Civil Veterinary Dept. Bombay admin report 1907-1913 - 1907-1913
Year: 1907
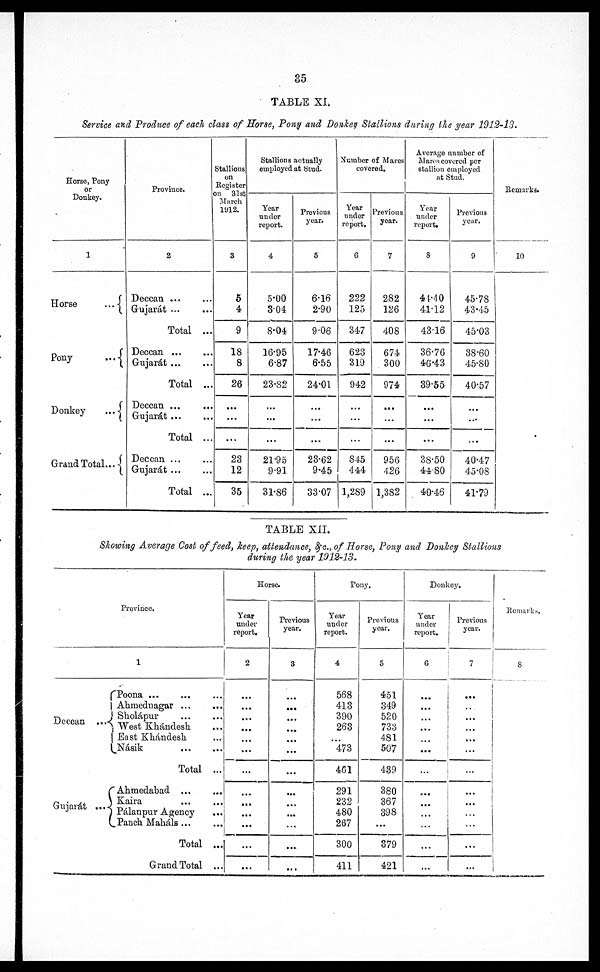
85
TABLE XI.
Service and Produce of each class of Horse, Pony and Donkey Stallions during the gear 1912-13.
Horse, Pony
or
Donkey.
1
Horse
...
Pony
...
Donkey
...
Grand Total...
Province.
2
Deccan
...
...
Gujarat ...
Total ...
Deccan
...
...
Gujarát
...
...
Total ...
Deccan ...
...
Gujarát
...
...
Total ...
Deccan
...
...
Gujarát ... ...
Total ...
Stallions
on
Register
on 31st
March
1912.
3
5
4
9
18
8
26
...
...
...
23
12
35
Stallions actually
employed at Stud.
Year
under
report.
4
5.00
3.04
8.04
16.95
6.87
23.82
...
...
...
21.95
9.91
31.86
Previous
year.
5
6.16
2.90
9.06
17.46
6.55
24.01
...
...
...
23.62
9.45
33.07
Number of Mares
covered.
Year
under
report.
6
222
125
34.7
623
319
942
...
...
...
845
444
1,289
Previous
year.
7
282
126
408
674
300
974
...
...
...
956
426
1,382
Average number of
Mares covered per
stallion employed
at Stud.
Year
under
report.
8
44.40
41.12
43.16
36.76
46.43
39.55
...
...
...
38.50
44.80
40.46
Previous
year.
9
45.78
43.45
45.03
38.60
45.80
40.57
...
...
...
40.47
45.08
41.79
Remarks.
10
TABLE XII.
Showing Average Cost of feed, keep, attendance, &c., of Horse, Pony and Donkey Stallions
during the year 1912-13.
Province.
1
Deccan
Gujarát
Poona
...
...
Ahmednagar ...
Sholápur ...
... West Khándesh
East Khándesh
Násik ...
Total
Ahmedabad ...
Kaira ...
... Pálanpur Agency
Panch Maháls ...
Total
Grand Total
...
...
...
...
...
...
...
...
...
...
...
...
...
Horse.
Year
under
report.
2
...
...
...
...
...
...
...
...
...
...
...
...
...
Previous
year.
3
...
...
...
...
...
...
...
...
...
...
...
...
...
Pony.
Year
under
report.
4
568
413
390
263
...
473
461
291
232
480
267
300
411
Previous
year.
5
451
349
520
733
481
507
439
380
367
398
...
379
421
Donkey.
Year
under
report.
6
...
...
...
...
...
...
...
...
...
...
...
...
...
Previous
year.
7
...
...
...
...
...
...
...
...
...
...
...
...
...
Remarks.
8